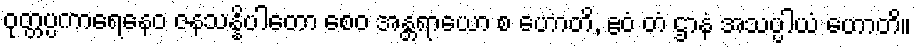
ဝုတ္တပ္ပကာရေနေဝ ဇနသန္နိပါတော စေဝ အန္တရာယော စ ဟောတိ, ဧဝံ တံ ဌာနံ အသပ္ပါယံ ဟောတိ။